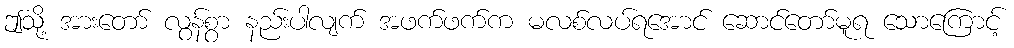
ဤသို့ အားတော် လွန်စွာ နည်းပါလျက် အဖက်ဖက်က မလစ်လပ်ရအောင် ဆောင်တော်မူရ သောကြောင့်